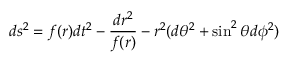
d s ^ { 2 } = f ( r ) d t ^ { 2 } - \frac { d r ^ { 2 } } { f ( r ) } - r ^ { 2 } ( d \theta ^ { 2 } + \sin ^ { 2 } \theta d \phi ^ { 2 } )